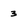
Character: 3